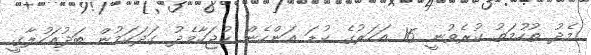
މެދު ތުހުމަތު ކުރެވުނީ 16 އަހަރުގެ ކުޑަ އަންހެން ކުޖަކާމެދު ގަދަކަމުން ބަދުއަހުލާގީ